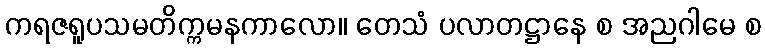
ကရဇရူပသမတိက္ကမနကာလော။ တေသံ ပလာတဋ္ဌာနေ စ အညဂါမေ စ